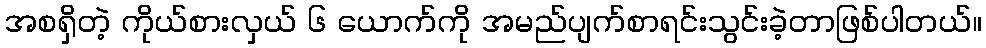
အစရှိတဲ့ ကိုယ်စားလှယ် ၆ ယောက်ကို အမည်ပျက်စာရင်းသွင်းခဲ့တာဖြစ်ပါတယ်။